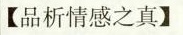
【品析情感之真】